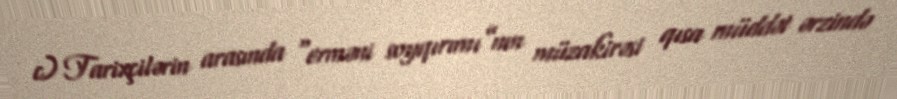
c) Tarixçilərin arasında “erməni soyqırımı”nın müzakirəsi qısa müddət ərzində